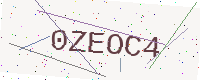
Text: 0ZEOC4